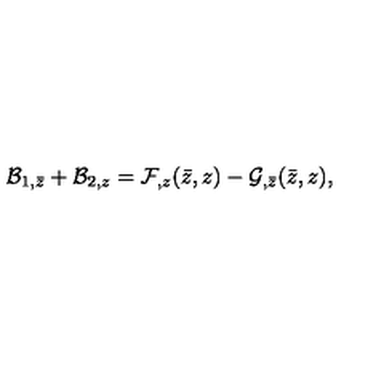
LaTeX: { \cal B } _ { 1 , \bar { z } } + { \cal B } _ { 2 , z } = { \cal F } _ { , z } ( \bar { z } , z ) - { \cal G } _ { , \bar { z } } ( \bar { z } , z ) ,